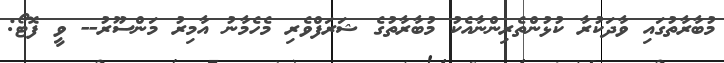
މުބާރާތުގައި ވާދަކުރާ ކުޅުންތެރިންނާއެކު މުބާރާތުގެ ޝަރަފްވެރި މެހެމާނު އާމިރު މަންސޫރު-- ވީ ފޮޓޯ: